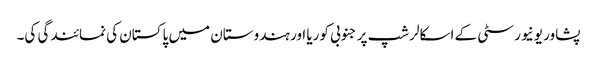
پشاور یونیورسٹی کے اسکالرشپ پر جنوبی کوریا اور ہندوستان میں پاکستان کی نمائندگی کی۔